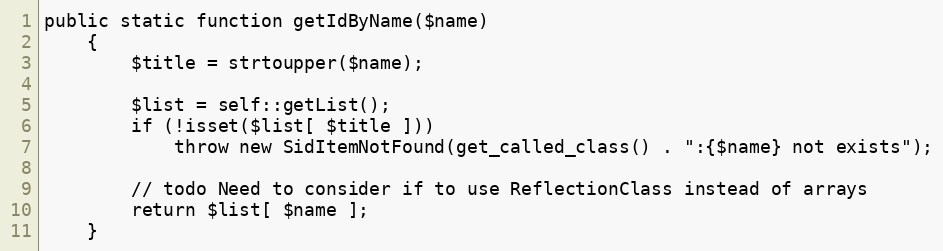
Language: PHP
public static function getIdByName($name)
    {
        $title = strtoupper($name);

        $list = self::getList();
        if (!isset($list[ $title ]))
            throw new SidItemNotFound(get_called_class() . ":{$name} not exists");

        // todo Need to consider if to use ReflectionClass instead of arrays
        return $list[ $name ];
    }